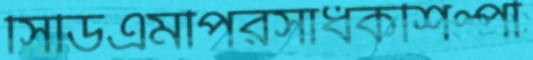
সিডিএমপিরসাধকশিল্পী